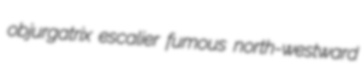
objurgatrix escalier fumous north-westward